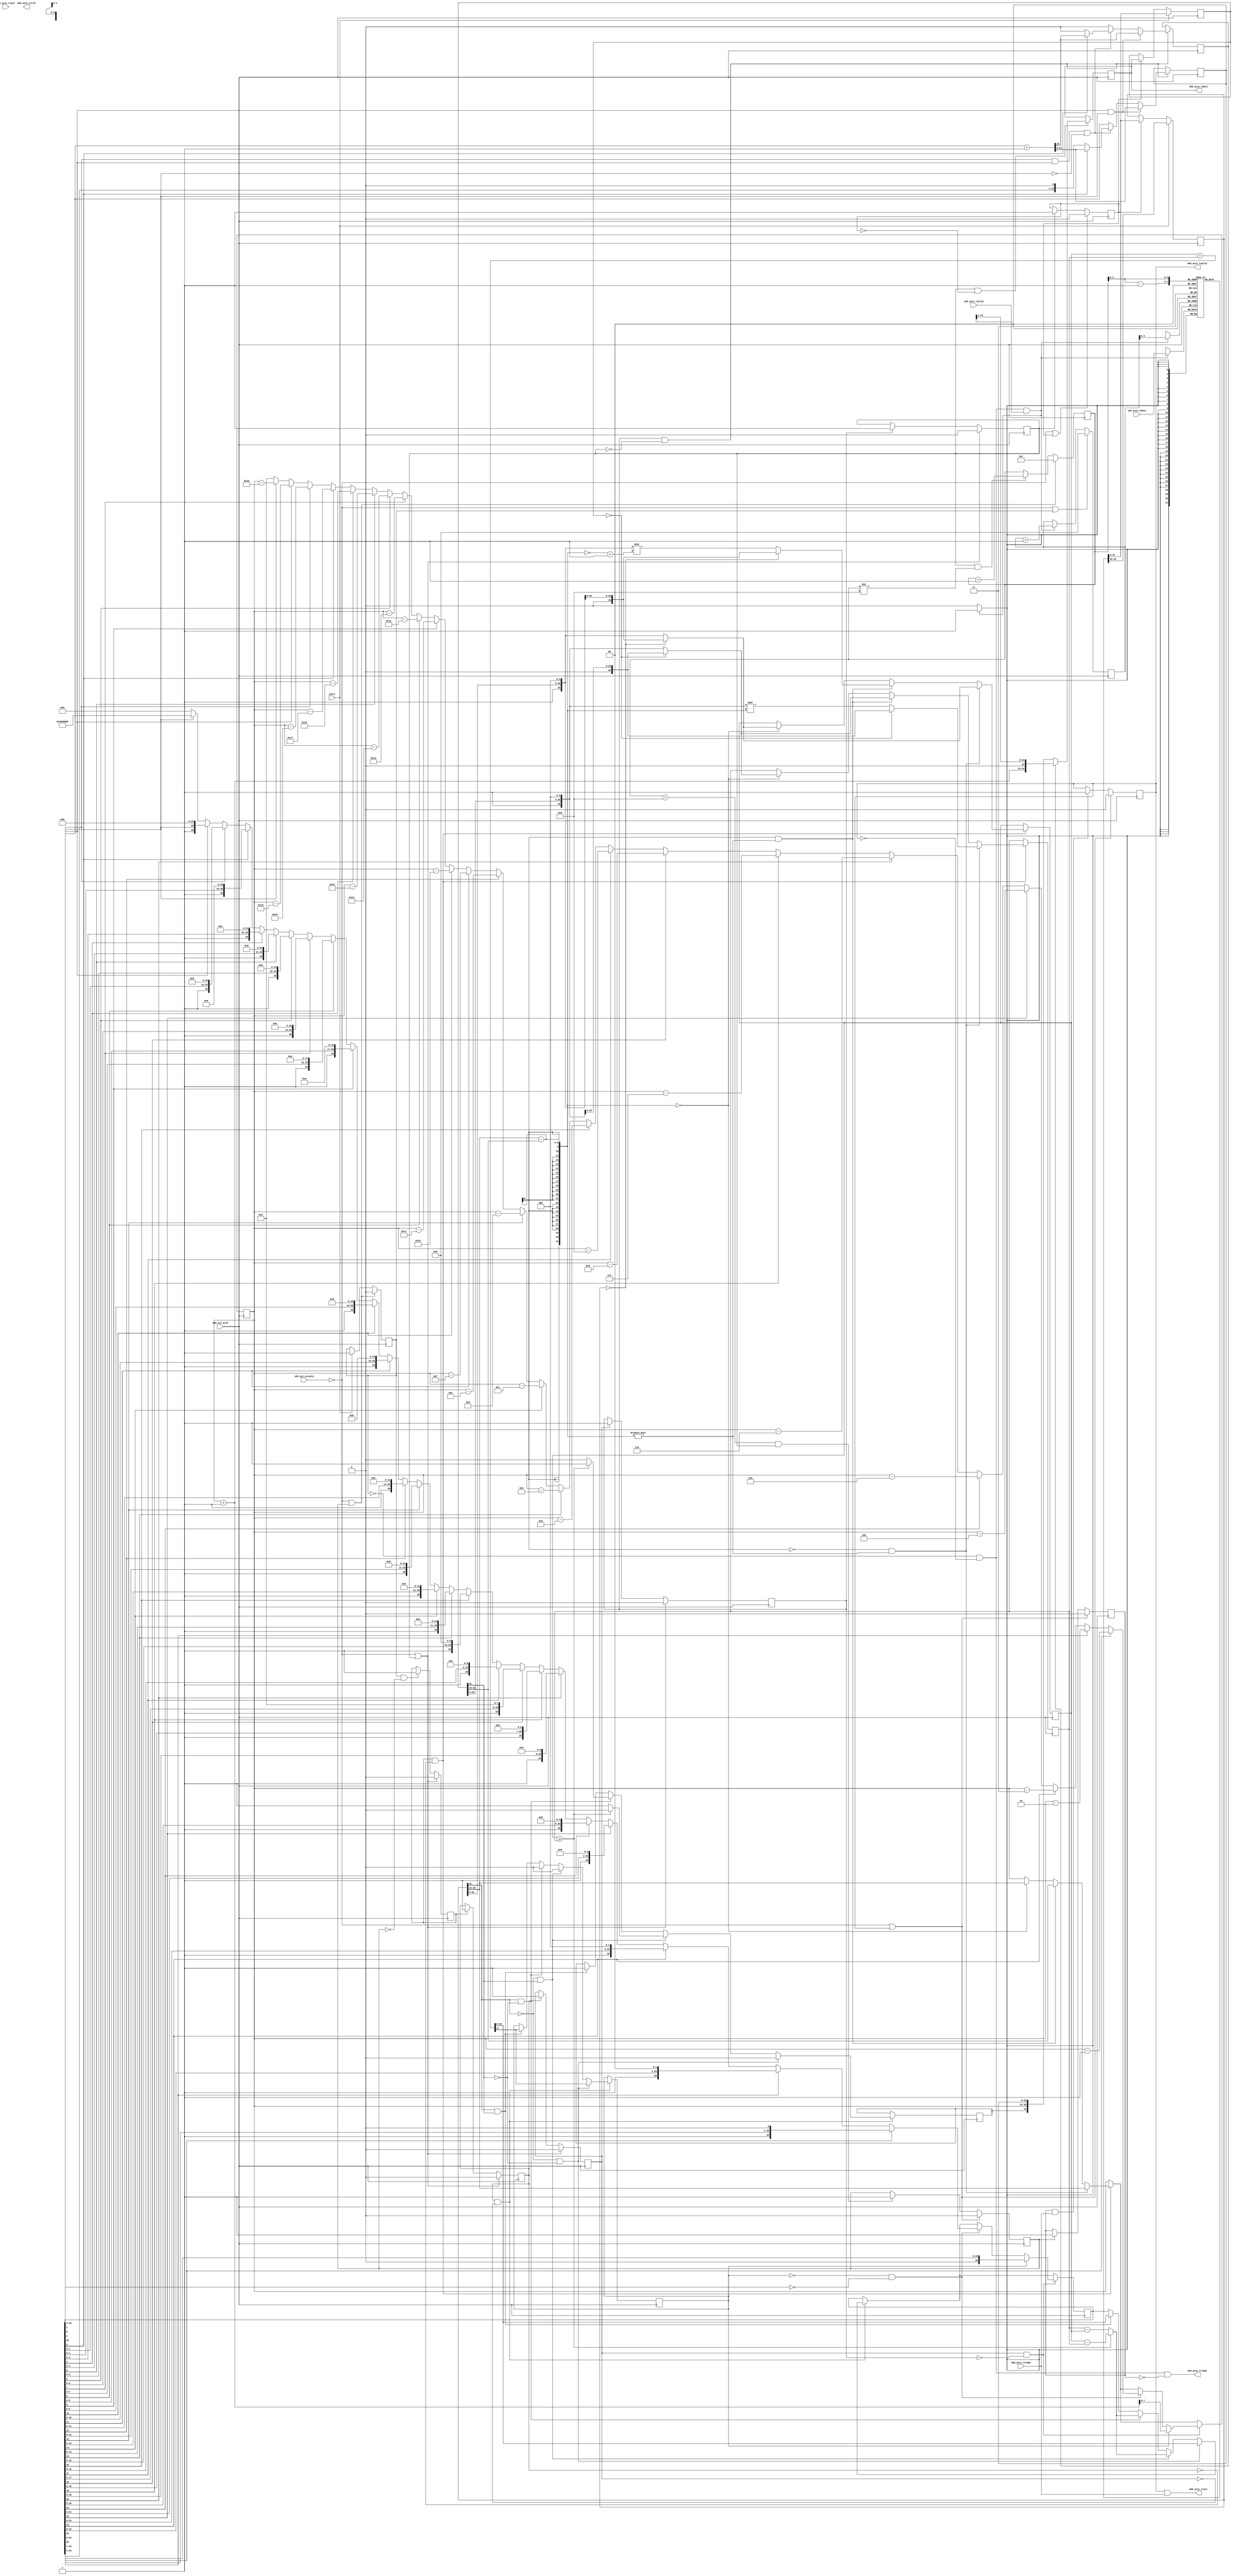
module Fp_adder #
(
        parameter integer SIZE = 10,
        parameter integer DATA_WIDTH = 32
)

(
       // Clock and Reset shared with the AXI-Lite Slave Port
     input wire  s00_axi_aclk,
     input wire  s00_axi_aresetn,
     
     // AXI-Stream Slave
     output wire  s00_axis_tready,
     input wire [DATA_WIDTH-1 : 0] s00_axis_tdata,
     input wire  s00_axis_tlast,
     input wire  s00_axis_tvalid,
     
     // AXI-Stream Master
     output wire  m00_axis_tvalid,
     output wire [DATA_WIDTH-1 : 0] m00_axis_tdata,
     output wire [(DATA_WIDTH/8)-1 : 0] m00_axis_tstrb,
     output wire  m00_axis_tlast,
     input wire  m00_axis_tready,
     
     // Start signals coming from the AXI-Lite Slave Port
     input wire start
    );
    
    reg [SIZE-1 : 0] addr_stream_in;    // address used to fill in array(mem_A)
    
    reg [SIZE-1 : 0] addr_A;   // address used to read  from Array(mem_A)
    
        
    reg busy;              // Accelerator is busy computing   
    reg [DATA_WIDTH-1 : 0] mem_A [0 : SIZE-1]; // BRAM for Array
    reg item_done;
    reg result_done;         
    reg start_transfer;
    reg transfer;          // accelerator is transferring the results back

    reg compare_exp; //compare the exponents and shift the mantissa
    reg addition;   // add two mantissa
    reg normalizing; 
    reg rounding;
    reg round_normalizing;
    
    // multiply-and-addition
    
    reg [DATA_WIDTH-1 : 0] mac;     // the previous mad value (i.e. accumulator)
        
    // BRAM Output Registers 
    reg [DATA_WIDTH-1 : 0] operand_A;   
    reg [DATA_WIDTH-1 : 0] operand_B;      
    
    wire [DATA_WIDTH-1 : 0] Exp_AB_sub;
    wire [5:0] shift;
        
    reg [26:0] A_Mant; // (1 + Mantissa(23)) + Guard,Round, Sticky bit(3)
    reg [26:0] B_Mant; 
    reg [26:0] R_Mant;
    reg [7:0] R_exp;  
    
    reg [7:0] result_exp;
    reg [22:0] result_Mant;    
    reg result_sign;
    
    reg add_overflow;
    reg round_overflow;
    
    assign s00_axis_tready = !busy  && !transfer && !start_transfer;
    
    always @ (posedge s00_axi_aclk) begin
        if(!s00_axi_aresetn || busy)
            addr_stream_in <=0;
        else if(!busy && !transfer && s00_axis_tvalid) begin
            addr_stream_in <= addr_stream_in + 1;
        end
    end
    
    always @ (posedge s00_axi_aclk) begin
        if (!busy && !transfer && s00_axis_tvalid) // receive data 
            mem_A [addr_stream_in] <= s00_axis_tdata;
        
        if(start) begin
            operand_A <= mem_A [addr_A-1];
            operand_B <= mem_A[addr_A];
        end
        else if(item_done) begin
            operand_A <= mem_A[addr_A];
            operand_B <= mac;
        end
        
    end    
    
    // control signals
    always @ (posedge s00_axi_aclk) begin
        if (!s00_axi_aresetn || result_done) 
            busy <= 0;
        else if (start) 
            busy <= 1'b1;
    end
    always @ (posedge s00_axi_aclk) begin
        if (!s00_axi_aresetn || round_normalizing) 
            compare_exp <= 0;
        else if (busy && !result_done) 
            compare_exp <= 1'b1;
    end
    always @ (posedge s00_axi_aclk) begin
        if (!s00_axi_aresetn || round_normalizing) 
            addition <= 0;
        else if (compare_exp) 
            addition <= 1'b1;
    end
    always @ (posedge s00_axi_aclk) begin
        if (!s00_axi_aresetn || round_normalizing)
            normalizing <= 0;
        else if (addition) 
            normalizing <= 1'b1;
    end
    always @ (posedge s00_axi_aclk) begin
        if (!s00_axi_aresetn || round_normalizing)
            rounding <= 0;
        else if (normalizing) 
            rounding <= 1'b1;
    end
    always @ (posedge s00_axi_aclk) begin
        if (!s00_axi_aresetn || round_normalizing)
            round_normalizing <= 0;
        else if (rounding) 
            round_normalizing <= 1'b1;
    end
    always @ (posedge s00_axi_aclk) begin
        if (!s00_axi_aresetn || item_done)
            item_done <= 0;
        else if (round_normalizing) 
            item_done <= 1'b1;
    end
    // get Exp_A - Exp_B
    assign Exp_AB_sub = operand_A[30:23] - operand_B[30:23];
    
    always @ (posedge s00_axi_aclk) begin   
        //-------------------------------------------------------------------------------- compare exponent and shifting
         if(compare_exp && !addition) begin
            if (!Exp_AB_sub[DATA_WIDTH-1] && (Exp_AB_sub != 0)) begin // if Exp_A - Exp_B > 0
                if(operand_A[31:0] == 32'b00000000000000000000000000000000)
                    A_Mant[26:0] <= {1'b0, operand_A [22:0], 3'b000}; //(1 + Mantissa(23)) + Guard,Round, Sticky bit(3)
                else
                    A_Mant[26:0] <= {1'b1, operand_A [22:0], 3'b000}; //(1 + Mantissa(23)) + Guard,Round, Sticky bit(3)
                if(operand_B[31:0] == 32'b00000000000000000000000000000000)
                    B_Mant[26:0] <= {1'b0, operand_B [22:0], 3'b000} ; // shift B
                else
                    B_Mant[26:0] <= ({1'b1, operand_B [22:0], 3'b000} >> Exp_AB_sub); // shift B 
                R_exp <= operand_A [30:23];
             end
            else if (Exp_AB_sub[DATA_WIDTH-1] && (Exp_AB_sub != 0)) begin // else if Exp_A - Exp_B < 0
                if(operand_A[31:0] == 32'b00000000000000000000000000000000)
                    A_Mant[26:0] <= {1'b0, operand_A[22:0], 3'b000} ; // shift A
                else
                    A_Mant[26:0] <= ({1'b1, operand_A[22:0], 3'b000} >> (~Exp_AB_sub+1)); // shift A
                    
                if(operand_B[31:0] == 32'b00000000000000000000000000000000)
                    B_Mant[26:0] <= {1'b0, operand_B [22:0], 3'b000};
                else
                    B_Mant[26:0] <= {1'b1, operand_B [22:0], 3'b000};
                R_exp <= operand_B [30:23];
                
            end
            else if (Exp_AB_sub == 0) begin
                if(operand_A[31:0] == 32'b00000000000000000000000000000000)
                    A_Mant[26:0] <= {1'b0, operand_A [22:0], 3'b000};
                else
                    A_Mant[26:0] <= {1'b1, operand_A [22:0], 3'b000};
                if(operand_B[31:0] == 32'b00000000000000000000000000000000)
                    B_Mant[26:0] <= {1'b0, operand_B [22:0], 3'b000};
                else
                    B_Mant[26:0] <= {1'b1, operand_B [22:0], 3'b000};
                R_exp <= operand_A [30:23];
            end    
        end

        //---------------------------------------------------------------------------------------------- addition 
        if (addition && !normalizing) begin // addition of mantissa
            if(!operand_A[31] && !operand_B[31]) begin
                {add_overflow , R_Mant} <= A_Mant + B_Mant;
                result_sign <= 0;    
            end
            else if(!operand_A[31] && operand_B[31]) begin
                if(A_Mant >= B_Mant) begin  // comparator consider values as unsigned values
                    R_Mant <= A_Mant - B_Mant;  // substraction consifer values as signed values
                    result_sign <= 0;
                end
                else begin
                    R_Mant <= B_Mant - A_Mant;
                    result_sign <= 1;
                end
                add_overflow <= 0; 
            end               
            else if(operand_A[31] && !operand_B[31]) begin
                if(A_Mant >= B_Mant) begin
                    R_Mant <= A_Mant - B_Mant;
                    result_sign <= 1;
                end  
                else begin
                    R_Mant <= B_Mant - A_Mant;
                    result_sign <= 0;
                end
                  
                add_overflow <= 0;
            end
            else if (operand_A[31] && operand_B[31]) begin
                result_sign <= 1;
                {add_overflow,R_Mant} <= A_Mant + B_Mant;
            end
            
        end
        //------------------------------------------------------------------------------------------- normalizing
        if(normalizing && !rounding) begin  
            
            if(add_overflow) begin  
                R_Mant <= R_Mant >> 1;
                R_exp <= R_exp + 1;
                
            end
            else if (!add_overflow && !R_Mant[26]) begin
                
                if(R_Mant[25]) begin
                    R_exp <= R_exp - 1;
                    R_Mant <= R_Mant << 1;
                end
                else if(R_Mant[24]) begin
                    R_exp <= R_exp - 2;
                    R_Mant <= R_Mant << 2;
                end                
                else if(R_Mant[23]) begin
                    R_exp <= R_exp - 3;
                    R_Mant <= R_Mant << 3;
                end
                else if(R_Mant[22]) begin
                    R_exp <= R_exp - 4;
                    R_Mant <= R_Mant << 4;
                end
                else if(R_Mant[21]) begin
                    R_exp <= R_exp - 5;
                    R_Mant <= R_Mant << 5;
                end
                else if(R_Mant[20]) begin
                    R_exp <= R_exp - 6;
                    R_Mant <= R_Mant << 6;
                end
                else if(R_Mant[19]) begin
                    R_exp <= R_exp - 7;
                    R_Mant <= R_Mant << 7;
                end
                else if(R_Mant[18]) begin
                    R_exp <= R_exp - 8;
                    R_Mant <= R_Mant << 8;
                end                
                else if(R_Mant[17]) begin
                    R_exp <= R_exp - 9;
                    R_Mant <= R_Mant << 9;
                end
                else if(R_Mant[16]) begin
                    R_exp <= R_exp - 10;
                    R_Mant <= R_Mant << 10;
                end
                else if(R_Mant[15]) begin
                    R_exp <= R_exp - 11;
                    R_Mant <= R_Mant << 11;
                end
                else if(R_Mant[14]) begin
                    R_exp <= R_exp - 12;
                    R_Mant <= R_Mant << 12;
                end
                else if(R_Mant[13]) begin
                    R_exp <= R_exp - 13;
                    R_Mant <= R_Mant << 13;
                end
                else if(R_Mant[12]) begin
                    R_exp <= R_exp - 14;
                    R_Mant <= R_Mant << 14;
                end                
                else if(R_Mant[11]) begin
                    R_exp <= R_exp - 15;
                    R_Mant <= R_Mant << 15;
                end
                else if(R_Mant[10]) begin
                    R_exp <= R_exp - 16;
                    R_Mant <= R_Mant << 16;
                end
                else if(R_Mant[9]) begin
                    R_exp <= R_exp - 17;
                    R_Mant <= R_Mant << 17;
                end
                else if(R_Mant[8]) begin
                    R_exp <= R_exp - 18;
                    R_Mant <= R_Mant << 18;
                end
                else if(R_Mant[7]) begin
                    R_exp <= R_exp - 19;
                    R_Mant <= R_Mant << 19;
                end
                else if(R_Mant[6]) begin
                    R_exp <= R_exp - 20;
                    R_Mant <= R_Mant << 20;
                end                
                else if(R_Mant[5]) begin
                    R_exp <= R_exp - 21;
                    R_Mant <= R_Mant << 21;
                end
                else if(R_Mant[4]) begin
                    R_exp <= R_exp - 22;
                    R_Mant <= R_Mant << 22;
                end
                else if(R_Mant[3]) begin
                    R_exp <= R_exp - 23;
                    R_Mant <= R_Mant << 23;
                end
                else if(R_Mant[2]) begin
                    R_exp <= R_exp - 24;
                    R_Mant <= R_Mant << 24;
                end
                else if(R_Mant[1]) begin
                    R_exp <= R_exp - 25;
                    R_Mant <= R_Mant << 25;
                end
                else if(R_Mant[0]) begin
                    R_exp <= R_exp - 26;
                    R_Mant <= R_Mant << 26;
                end
                else begin
                    R_exp <= 8'b0;
                    R_Mant <= 27'b0;
                end
                                                                                                                    
            end
        end
        //----------------------------------------------------------------------------- round to nearest even
        if(rounding && !round_normalizing) begin    
            if(R_Mant[1]&& R_Mant[0]) begin // > 0.5 -> round up
                {round_overflow,result_Mant} <= R_Mant[25:3] + 1;
            end
            else if(R_Mant[2] && R_Mant[1] && !R_Mant[0]) begin // =0.5 -> round to even
                if(R_Mant[3]) 
                    {round_overflow,result_Mant} <= R_Mant[25:3] + 1;
                
                else begin
                    result_Mant <= R_Mant[25:3];
                    round_overflow <= 0;
                end
            end
            else begin
                result_Mant <= R_Mant[25:3];
                round_overflow <=0;
            end
        end
        //------------------------------------------------------------------------------- considering overflow during rounding
        if(round_normalizing && !item_done) begin
            if(round_overflow) begin
                mac <= {result_sign,(R_exp+1),(result_Mant >> 1)};
                //result_Mant <= result_Mant >>1;
                //result_exp <= R_exp + 1;
            end
            else
                mac <= {result_sign, R_exp, result_Mant};
                //result_exp <= R_exp;
            
        end
    end

    always @ (posedge s00_axi_aclk) begin
        if(!s00_axi_aresetn || result_done)
            addr_A=1;
        else if(round_normalizing && (addr_A != SIZE-1)) 
            addr_A <= addr_A + 1;
    end
    
    always @ (posedge s00_axi_aclk) begin
        if (!s00_axi_aresetn || transfer) 
            result_done <= 0;
        else if (addr_A ==SIZE-1 && round_normalizing) 
            result_done <= 1'b1;
    end
            
    always @ (posedge s00_axi_aclk) begin
        if (!s00_axi_aresetn || transfer) 
            start_transfer <= 0; 
        else if (result_done)
            start_transfer <= 1;
    end
    
    
    always @ (posedge s00_axi_aclk) begin
        if (!s00_axi_aresetn || transfer) 
            transfer <= 0; 
        else if (start_transfer && m00_axis_tready)
            transfer <= 1;
    end
    
        
    assign m00_axis_tvalid = transfer;
    assign m00_axis_tdata = mac;
    assign m00_axis_tlast = transfer && m00_axis_tready;
    
endmodule